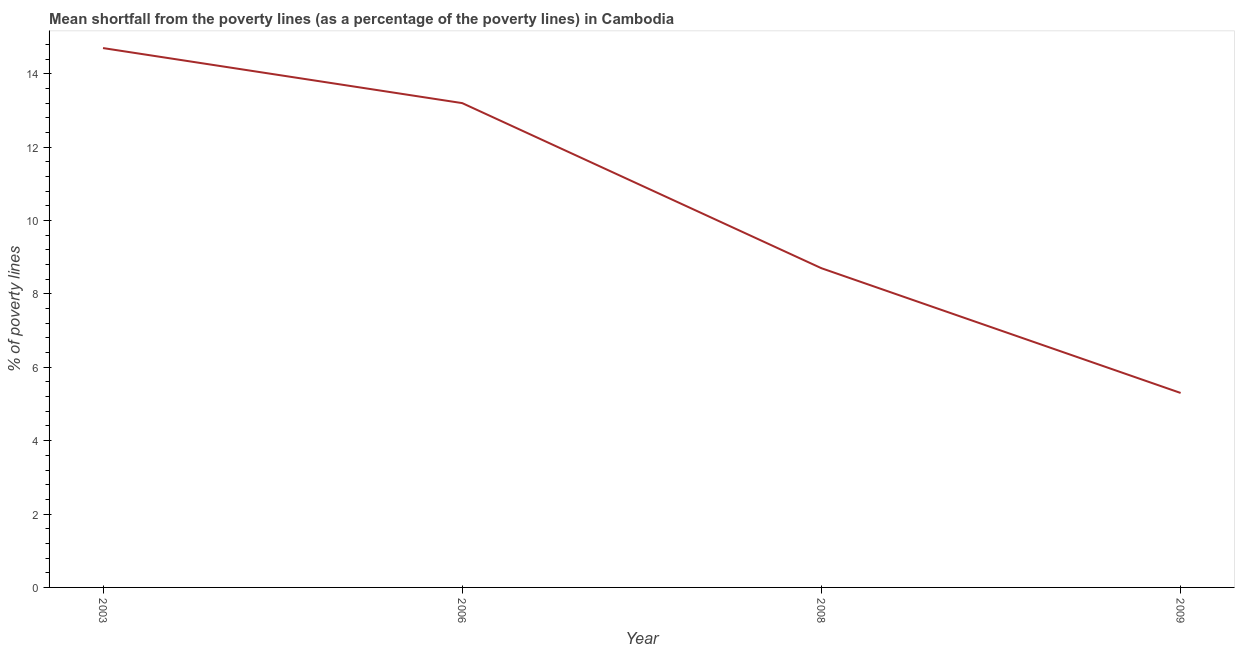
| Year | Poverty gap at national poverty lines |
 | --- | --- |
 | 2003 | 14.7 |
 | 2006 | 13.2 |
 | 2008 | 8.7 |
 | 2009 | 5.3 |